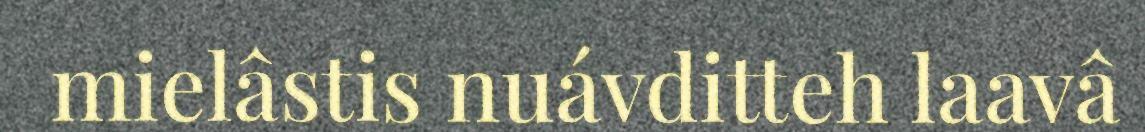
mielâstis nuávditteh laavâ